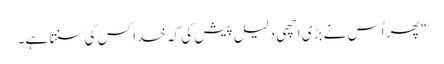
‏“‏ پھر اُس نے بڑی اچھی دلیل پیش کی کہ خدا کس کی سنتا ہے۔